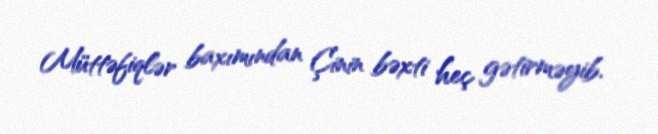
Müttəfiqlər baxımından Çinin bəxti heç gətirməyib.